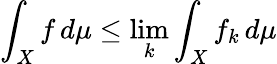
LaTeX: \int_{X}f\, d\mu\leq\operatorname*{lim}_{k}\int_{X}f_{k}\, d\mu